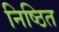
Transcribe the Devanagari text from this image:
निष्ठित